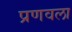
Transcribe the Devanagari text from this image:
प्रणवला